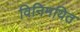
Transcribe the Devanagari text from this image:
विनिमयित